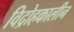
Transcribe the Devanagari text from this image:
विद्रोहकालीन